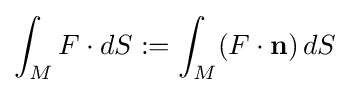
\int _{M}F\cdot dS:=\int _{M}(F\cdot {\textbf {n}})\,dS